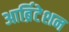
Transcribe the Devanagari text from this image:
आर्ब्रिटेशन